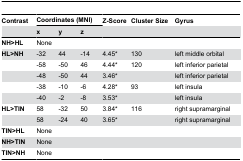
<table><thead><tr><td><b>Contrast</b></td><td colspan="3"><b>Coordinates (MNI)</b></td><td><b>Z-Score</b></td><td><b>Cluster Size</b></td><td><b>Gyrus</b></td></tr><tr><td></td><td><b>x</b></td><td><b>y</b></td><td><b>z</b></td><td></td><td></td><td></td></tr></thead><tbody><tr><td><b>NH&gt;HL</b></td><td colspan="3">None</td><td></td><td></td><td></td></tr><tr><td><b>HL&gt;NH</b></td><td>-32</td><td>44</td><td>-14</td><td>4.45*</td><td>130</td><td>left middle orbital</td></tr><tr><td></td><td>-58</td><td>-50</td><td>46</td><td>4.44*</td><td>120</td><td>left inferior parietal</td></tr><tr><td></td><td>-48</td><td>-50</td><td>44</td><td>3.46*</td><td></td><td>left inferior parietal</td></tr><tr><td></td><td>-38</td><td>-10</td><td>-6</td><td>4.28*</td><td>93</td><td>left insula</td></tr><tr><td></td><td>-40</td><td>-2</td><td>-8</td><td>3.53*</td><td></td><td>left insula</td></tr><tr><td><b>HL&gt;TIN</b></td><td>58</td><td>-32</td><td>50</td><td>3.84*</td><td>116</td><td>right supramarginal</td></tr><tr><td></td><td>58</td><td>-24</td><td>40</td><td>3.65*</td><td></td><td>right supramarginal</td></tr><tr><td><b>TIN&gt;HL</b></td><td colspan="3">None</td><td></td><td></td><td></td></tr><tr><td><b>NH&gt;TIN</b></td><td colspan="3">None</td><td></td><td></td><td></td></tr><tr><td><b>TIN&gt;NH</b></td><td colspan="3">None</td><td></td><td></td><td></td></tr></tbody></table>